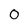
Character: 0